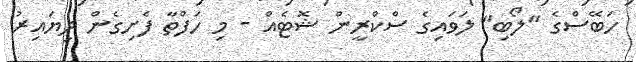
ހަބޭސްގެ "ލޯބި" ލަވައިގެ ސްކްރީން ޝޮޓެއް - މި ހަފްތާ ފެށިގެން ދިޔައިރު